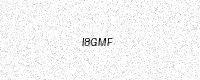
Text: I8GMF